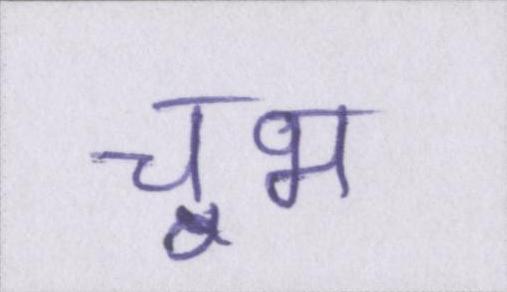
चूभ